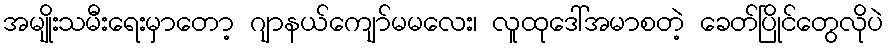
အမျိုးသမီးရေးမှာတော့ ဂျာနယ်ကျော်မမလေး၊ လူထုဒေါ်အမာစတဲ့ ခေတ်ပြိုင်တွေလိုပဲ